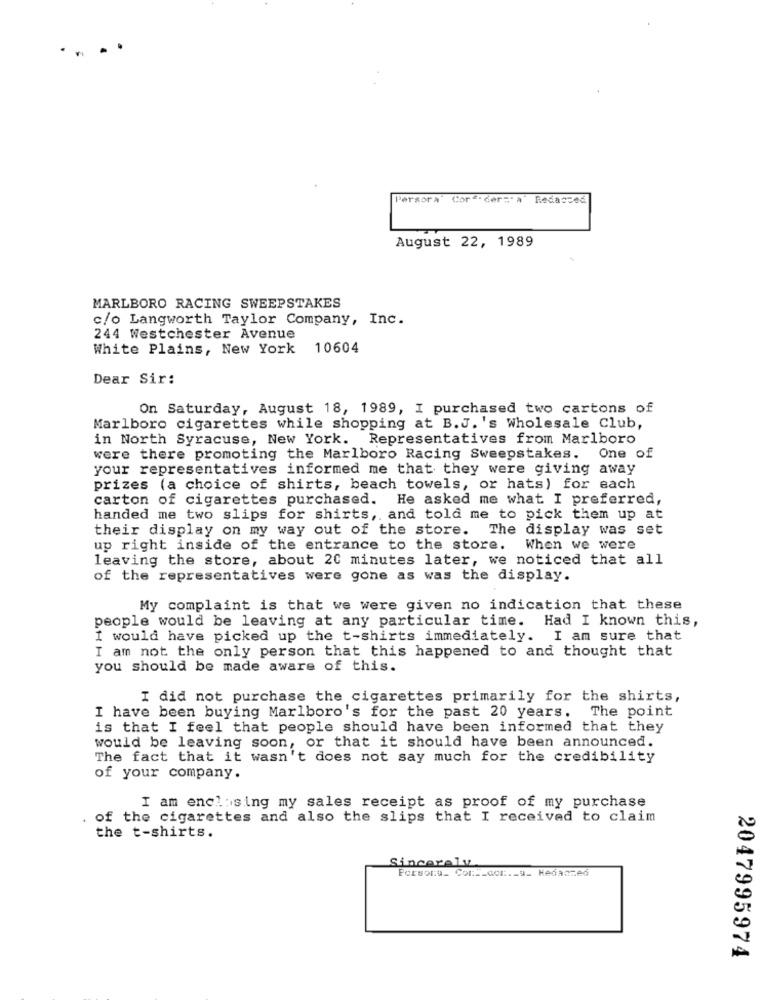
..
Persora" Cor-der=" A Redacted
August 22, 1989
MARLBORO RACING SWEEPSTAKES
c/o Langworth Taylor Company, Inc.
244 Westchester Avenue
White Plains, New York
10604
Dear Sir:
On Saturday, August 18, 1989, I purchased two cartons of
Marlboro cigarettes while shopping at B.J. 's Wholesale Club,
in North Syracuse, New York. Representatives from Marlboro
were there promoting the Marlboro Racing Sweepstakes. One of
your representatives informed me that they were giving away
prizes (a choice of shirts, beach towels, or hats) for each
carton of cigarettes purchased. He asked me what I preferred,
handed me two slips for shirts, and told me to pick them up at
their display on my way out of the store. The display was set
up right inside of the entrance to the store. When we were
leaving the store, about 20 minutes later, we noticed that all
of the representatives were gone as was the display.
My complaint is that we were given no indication that these
people would be leaving at any particular time. Had I known this,
I would have picked up the t-shirts immediately. I am sure that
I am not the only person that this happened to and thought that
you should be made aware of this.
I did not purchase the cigarettes primarily for the shirts,
I have been buying Marlboro's for the past 20 years. The point
is that I feel that people should have been informed that they
would be leaving soon, or that it should have been announced.
The fact that it wasn't does not say much for the credibility
of your company.
I am enclosing my sales receipt as proof of my purchase
of the cigarettes and also the slips that I received to claim
the t-shirts.
Sincerely
Porsoru_ Cont_aci ._ a_ Kedanmed
2047995974